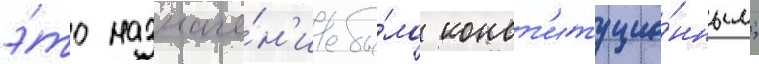
э́то назначе́н'ие бы́ло конст'итуцио́нным;